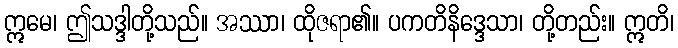
ဣမေ၊ ဤသဒ္ဒါတို့သည်။ အဿာ၊ ထိုဇရာ၏။ ပကတိနိဒ္ဒေသာ၊ တို့တည်း။ ဣတိ၊